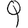
Digit: 9